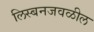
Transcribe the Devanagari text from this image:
लिस्बनजवळील